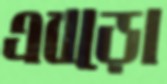
এবড়ো